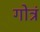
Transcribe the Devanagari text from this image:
गोत्रं